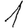
Digit: 1